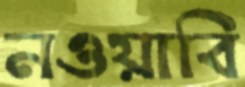
নওয়াবি